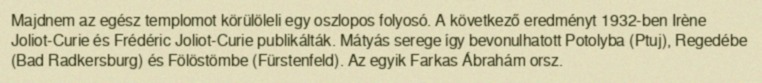
Majdnem az egész templomot körülöleli egy oszlopos folyosó. A következő eredményt 1932-ben Irène Joliot-Curie és Frédéric Joliot-Curie publikálták. Mátyás serege így bevonulhatott Potolyba (Ptuj), Regedébe (Bad Radkersburg) és Fölöstömbe (Fürstenfeld). Az egyik Farkas Ábrahám orsz.